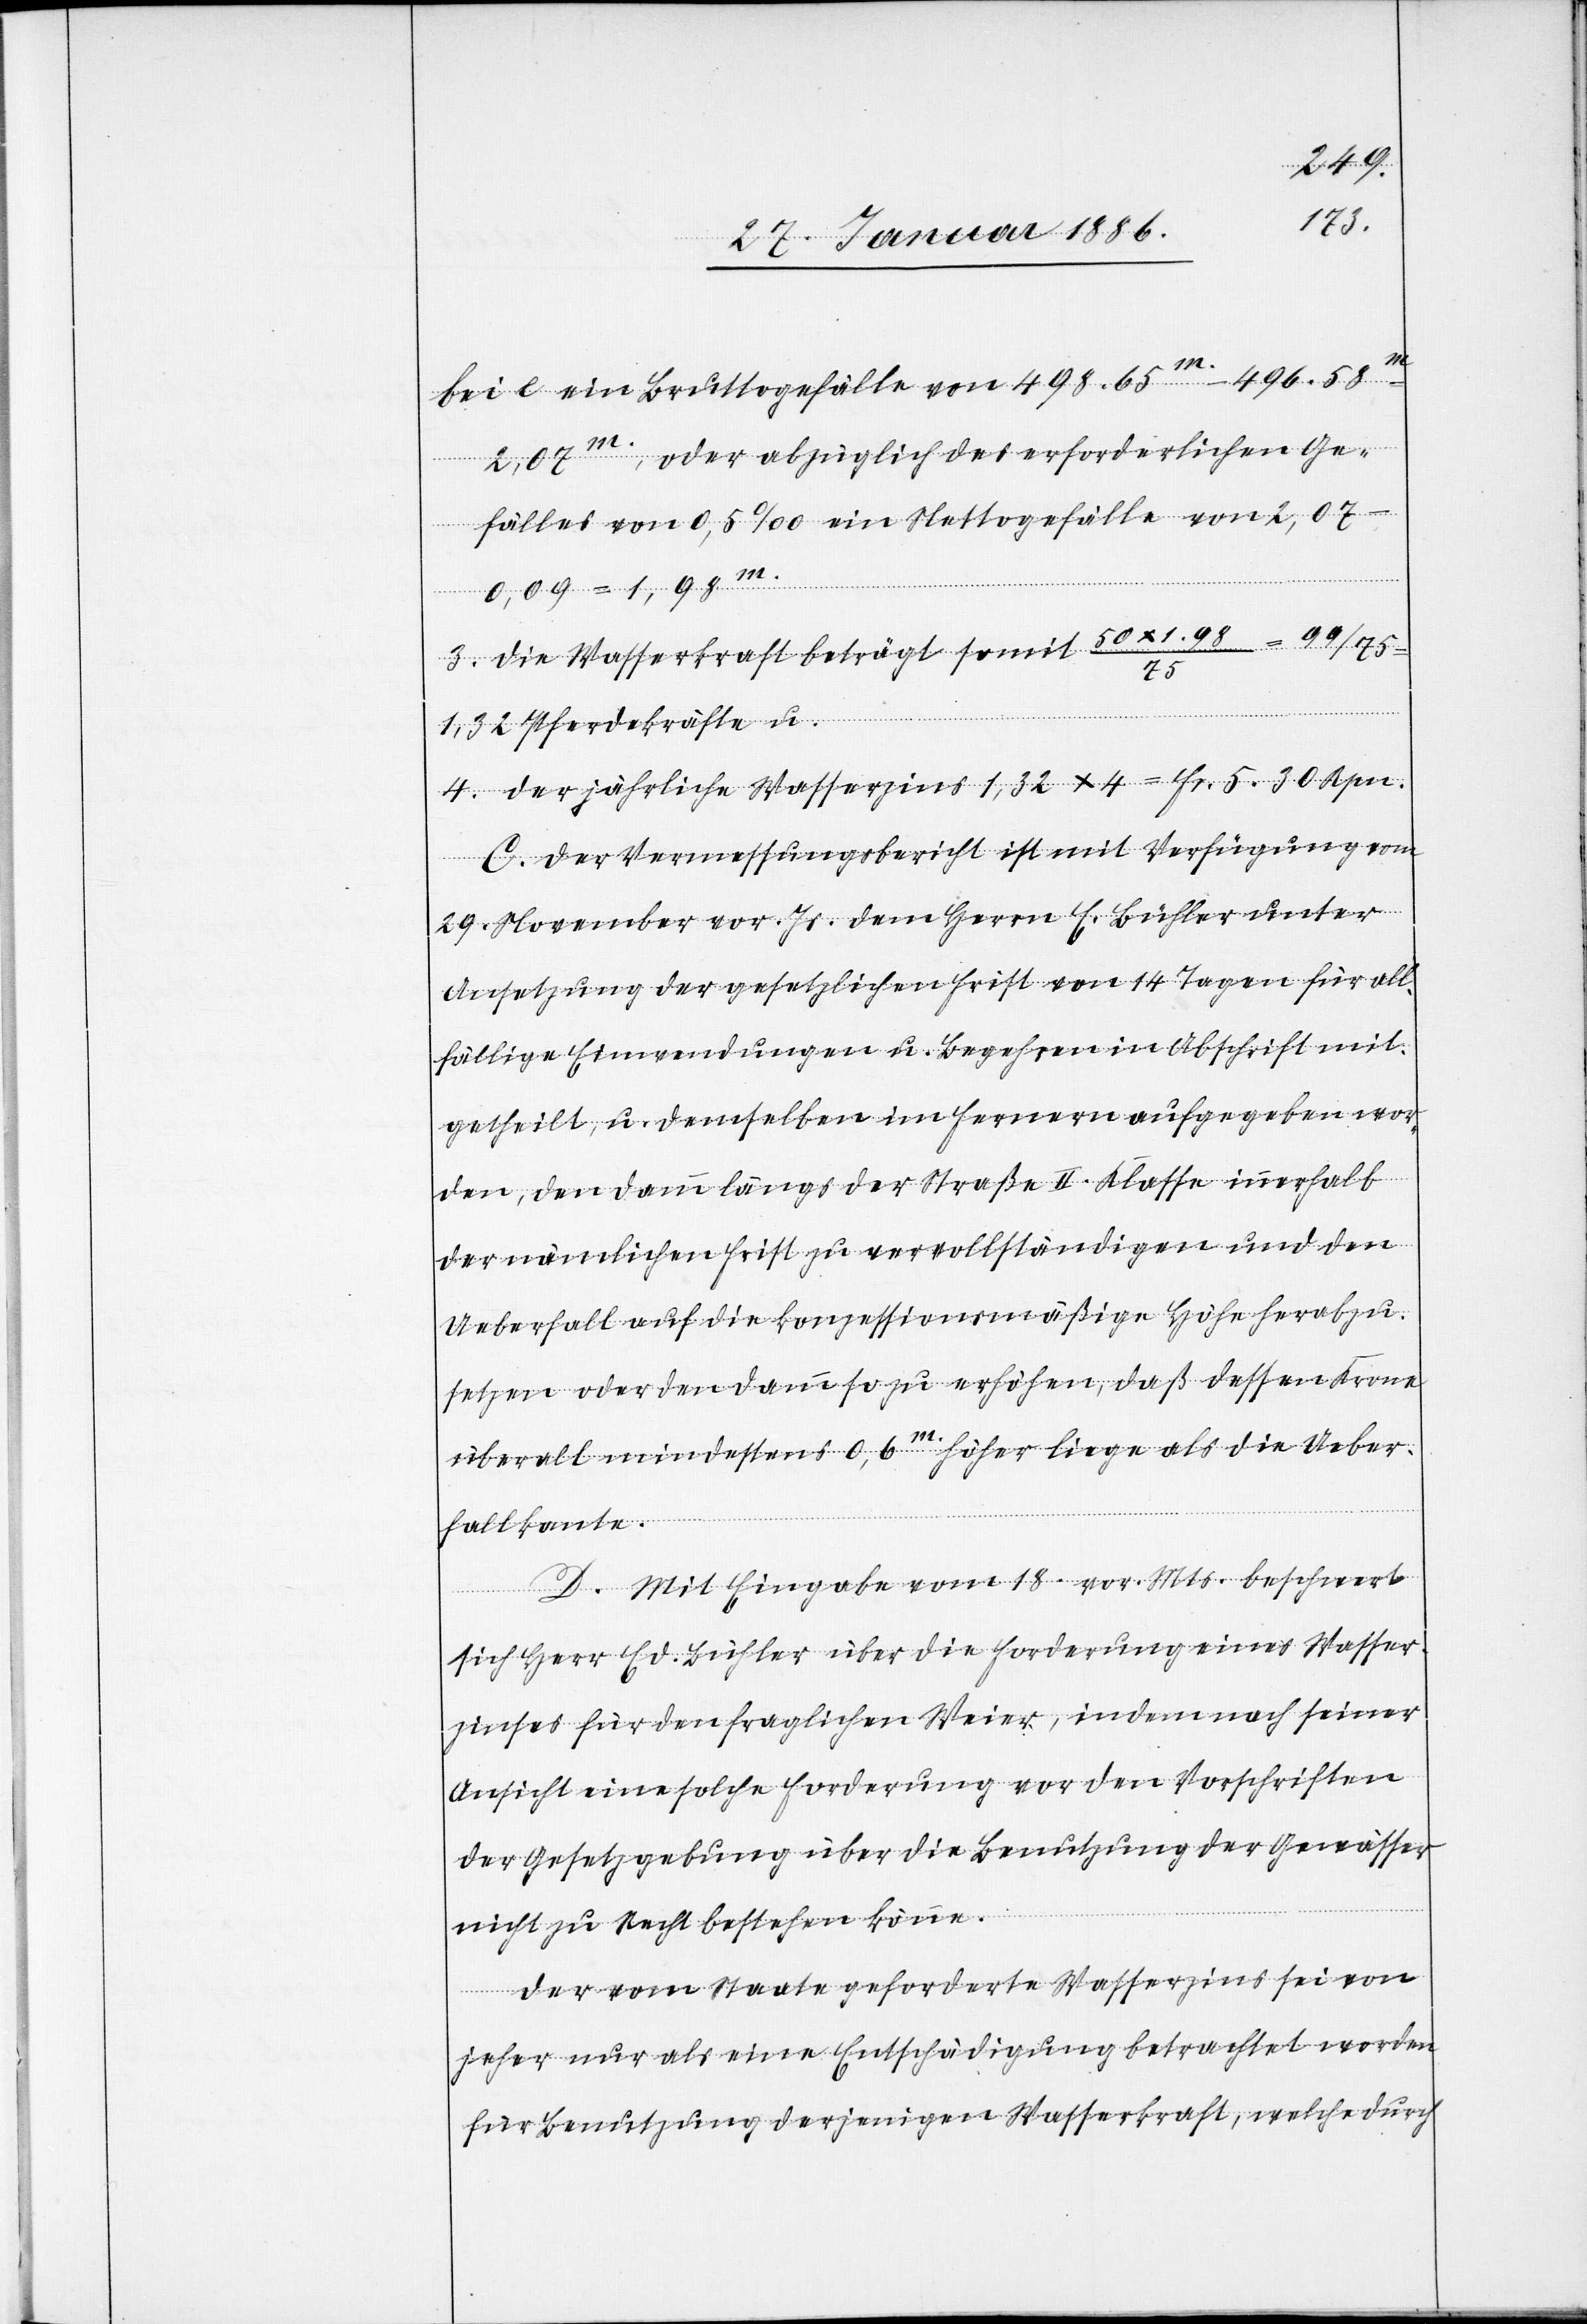
bei e eine Bruttogefälle von 498.65 m – 496.58
m
2,07 m; oder abzüglich erforderlichen Ge¬
fälls von 0,5‰ ein Nettogefälle von 2,07
–
0,09 = 1,98 m.
3. Die Wasserkraft beträgt somit 50 x 1,98
1,32
tärken u.
4. Der jährliche Wasserzins 1,32 x 4 = Fr. 5. 30 Rpn.
C. Der Vermessungsbericht ist mit Verfügung vom
29. November vor. Js. dem Herrn E. Bühler unter
Ansetzung der gesetzlichen Frist von 14 Tagen für all¬
fällige Einwendungen u. Begehren in Abschrift mit¬
getheilt, u. demselben im Fernern aufgegeben wor¬
den, den Damm längs der Straße II. Klasse innerhalb
der nämlichen Frist zu vervollständigen und den
Ueberfall auf die konzessionsmäßige Höhe herabzu¬
setzen oder den Damm so zu erhöhen, daß dessen Krone
überall mindestens 0,6 m höher liege als die Ueber¬
fallkante.
D. Mit Eingabe vom 18. vor. Mts. beschwert
sich Herr Ed. Bühler über die Forderung eines Wasser¬
zinses für den fraglichen Weiser, indem nach seiner
Ansicht eine solche Forderung vor den Vorschriften
der Gesetzgebung über die Benutzung der Gewässer
nicht zu Recht bestehen könne.
Der vom Staate geforderte Wasserzins sei von
jeher nur als eine Entschädigung betrachtet worden
für Benutzung derjenigen Wasserkraft, welche durch